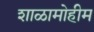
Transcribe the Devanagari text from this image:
शाळामोहीम